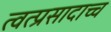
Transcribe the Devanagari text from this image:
त्वत्प्रसादाच्च